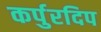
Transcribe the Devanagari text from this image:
कर्पुरदिप